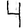
Digit: 4